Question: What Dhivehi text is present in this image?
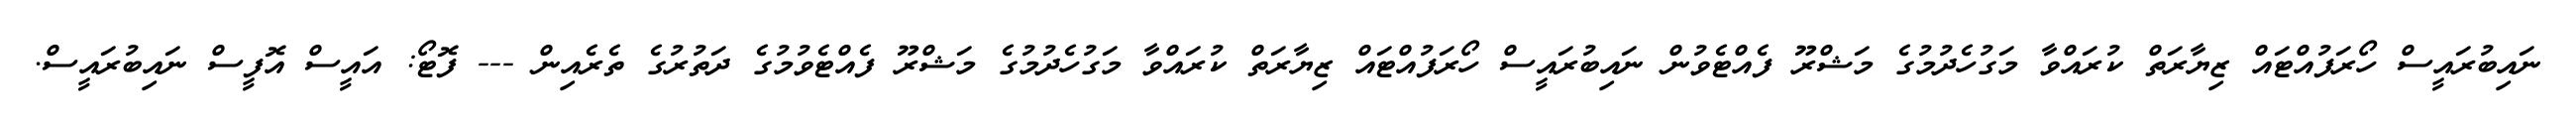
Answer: ނައިބުރައީސް ހޯރަފުއްޓައް ޒިޔާރަތް ކުރައްވާ މަގުހެދުމުގެ މަޝްރޫ ފެއްޓެވުން ނައިބުރައީސް ހޯރަފުއްޓައް ޒިޔާރަތް ކުރައްވާ މަގުހެދުމުގެ މަޝްރޫ ފެއްޓެވުމުގެ ދަތުރުގެ ތެރެއިން --- ފޮޓޯ: އައީސް އޮފީސް ނައިބުރައީސް.